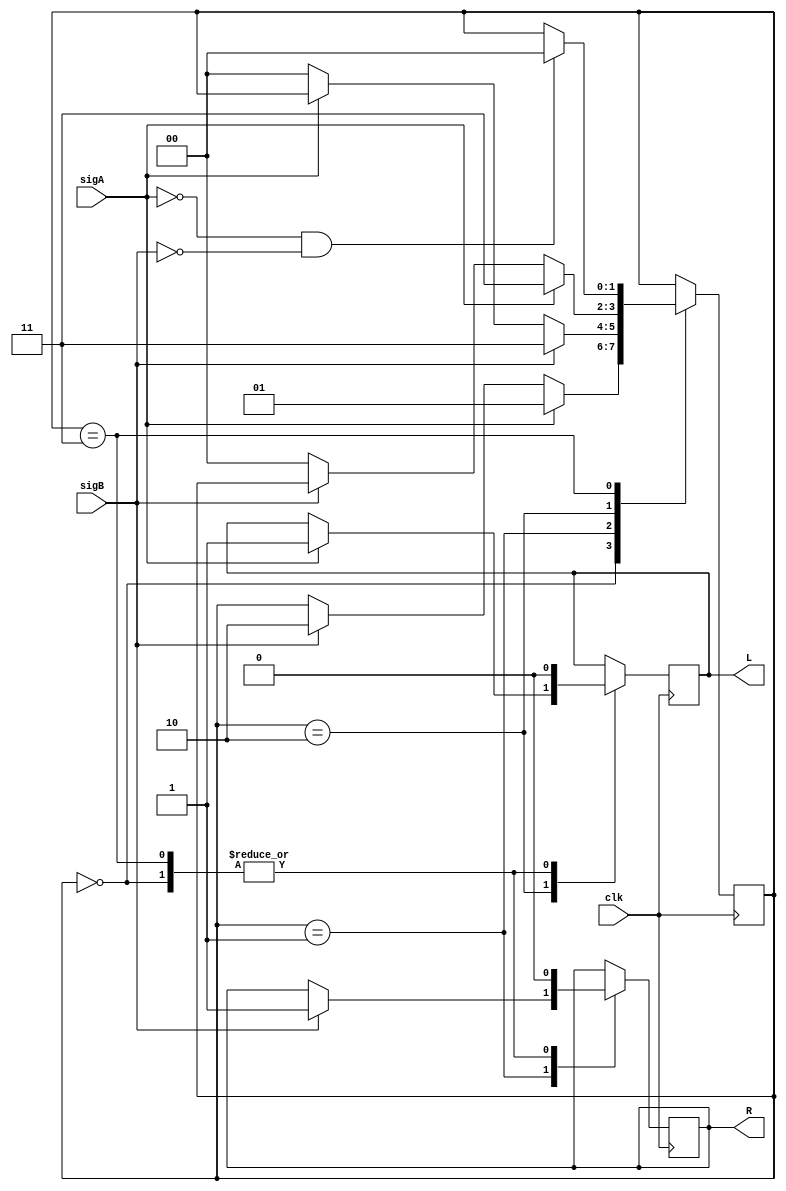
module RotEnc(R, L, clk, sigA, sigB);


	input clk, sigA, sigB;
	output reg R = 0;
	output reg L = 0;


	reg [1:0] state = 0;
		always @ (posedge clk)

	begin
				case (state)
			0:begin
				R <= 0;
				L <= 0;
				if (sigA)
				begin
					state <= 1;
				end
				else if (sigB)
				begin
					state <= 2;
				end

				end
			1:begin
				if(sigB)
				begin
					R <= 1;
					state <= 3;
				end
				else if(~sigA)

				begin
					state <= 0;
				end
				end

			2: begin
				if(sigA)
				begin
					L <= 1;
					state <= 3;
				end
				else if(~sigB)
				begin
					state <= 0;
				end

				end

			3: begin
				R <= 0;
				L <= 0;
				if(~sigA && ~sigB)
				begin
					state <= 0;
				end

				end

			endcase


	end
endmodule